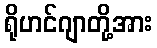
ရိုဟင်ဂျာတို့အား